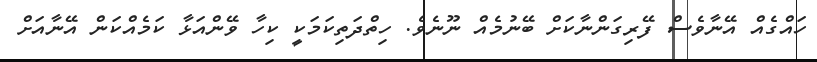
ހައްގެއް އޭނާވެސް ފޭރިގަންނާކަށް ބޭނުމެއް ނޫނެވެ. ހިތްދަތިކަމަކީ ކިހާ ވޭންއަޅާ ކަމެއްކަން އޭނާއަށް